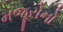
મજૂરોનો